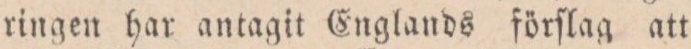
ringen har antagit Englands förſlag att